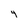
Character: 4